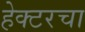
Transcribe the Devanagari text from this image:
हेक्टरचा